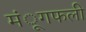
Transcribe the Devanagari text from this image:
मंूगफली